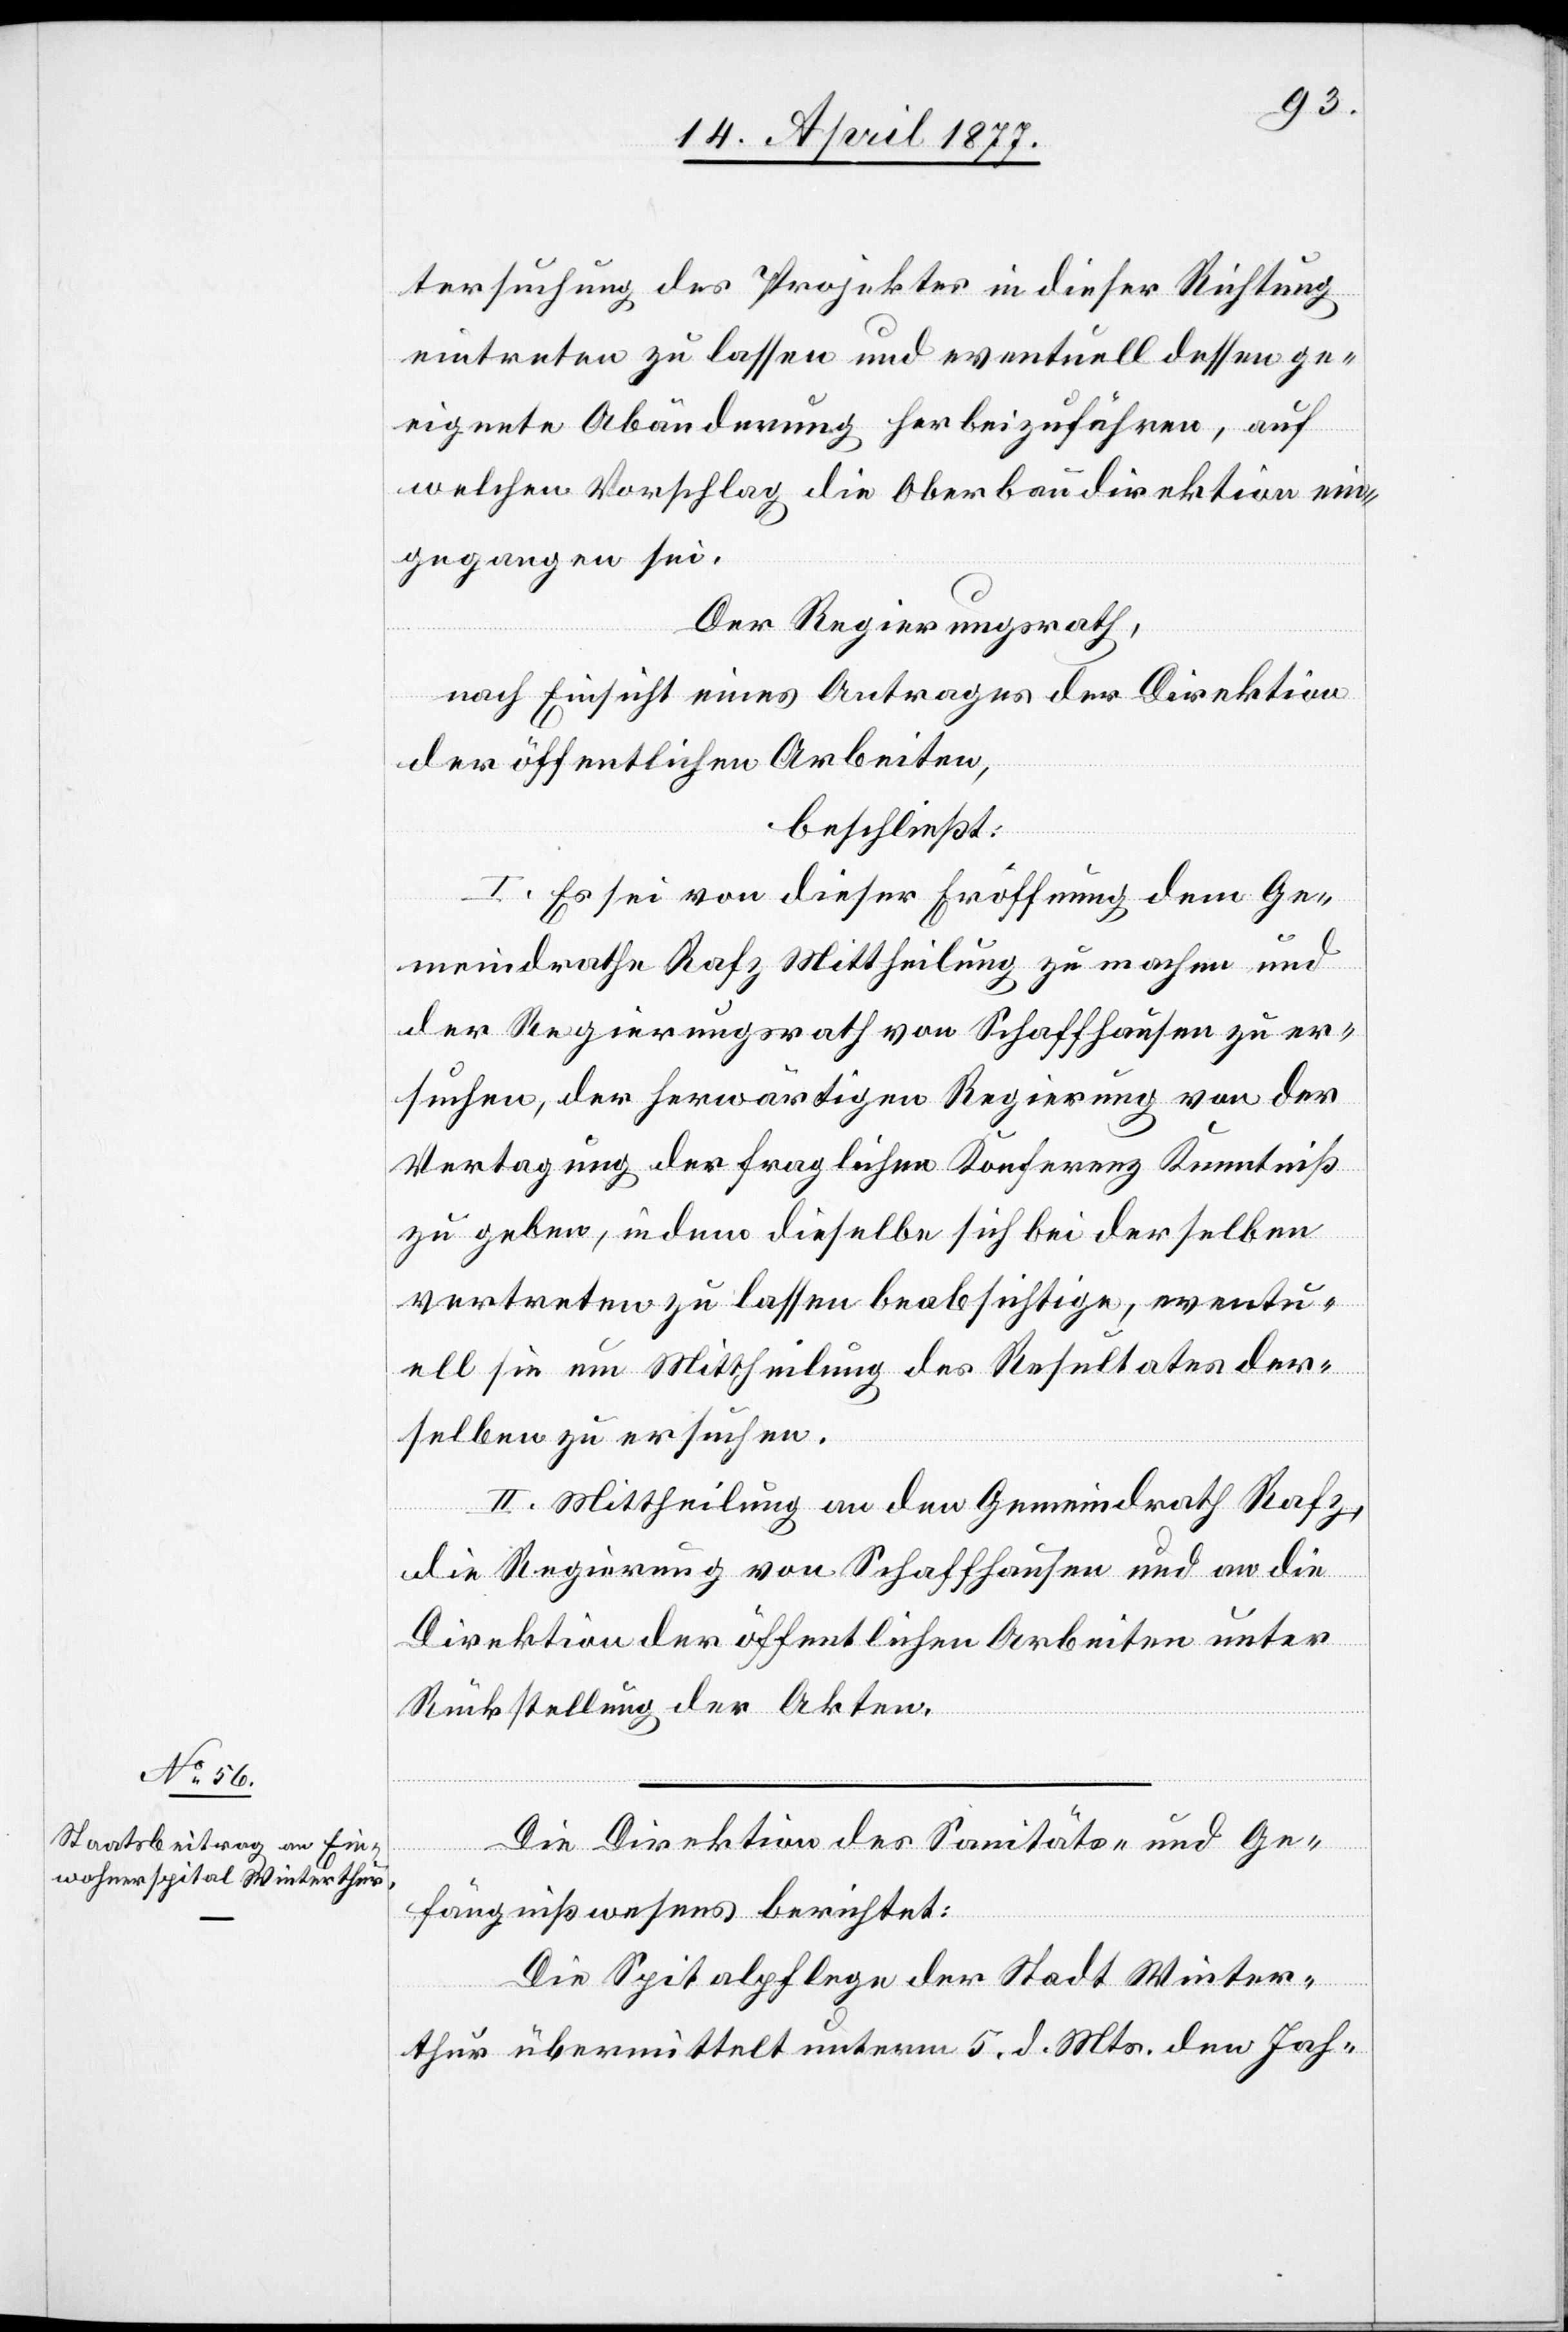
tersuchung des Projektes in dieser Richtung
eintreten zu lassen und eventuell dessen ge¬
eignete Abänderung herbeizuführen, auf
welchen Vorschlag die Oberbaudirektion ein¬
gegangen sei.
Der Regierungsrath,
nach Einsicht eines Antrages der Direktion
der öffentlichen Arbeiten,
beschließt:
I. Es sei von dieser Eröffnung dem Ge¬
meindrathe Rafz Mittheilung zu machen und
der Regierungsrath von Schaffhausen zu er¬
suchen, der herwärtigen Regierung von der
Vertagung der fraglichen Konferenz Kenntniß
zu geben, indem dieselbe sich bei derselben
vertreten zu lassen beabsichtige, eventu¬
ell sie um Mittheilung des Resultates der¬
selben zu ersuchen.
II. Mittheilung an den Gemeindrath Rafz,
die Regierung von Schaffhausen und an die
Direktion der öffentlichen Arbeiten unter
Rückstellung der Akten.
Die Direktion des Sanitäts- und Ge¬
fängnißwesens berichtet:
Die Spitalpflege der Stadt Winter¬
thur übermittelt unterm 5. d. Mts. den Jah-